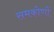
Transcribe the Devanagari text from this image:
समकोणों